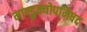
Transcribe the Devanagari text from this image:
माण्डुक्योपनिषद